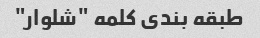
طبقه بندی کلمه "شلوار"